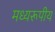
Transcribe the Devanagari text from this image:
मध्यरूपीय